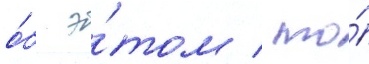
о́б э́том / то́